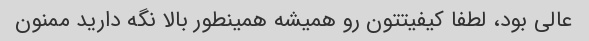
عالی بود، لطفا کیفیتتون رو همیشه همینطور بالا نگه دارید ممنون